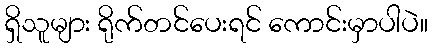
ရှိသူများ ရိုက်တင်ပေးရင် ကောင်းမှာပါပဲ။